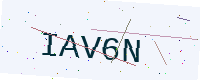
Text: IAV6N